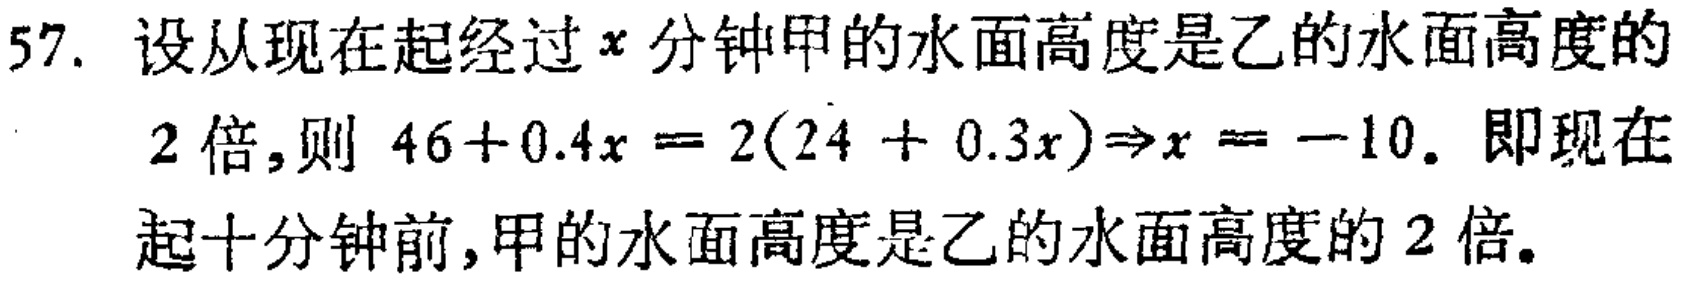
57. 设从现在起经过\(x\)分钟甲的水面高度是乙的水面高度的
2 倍,则 \(46 + 0.4x = 2(24 + 0.3x)\Rightarrow x = -10\). 即现在
起十分钟前,甲的水面高度是乙的水面高度的 2 倍。